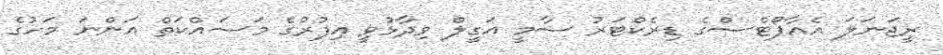
ރީޖަނަލަ އެއާޕޯޓްސްގެ ޑިރެކްޓަރު ސާމީ އަގީލް ވިދާޅުވީ އިފުރުގެ މަސައްކަތް އަންނަ މަހުގެ